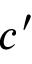
c ^ { \prime }